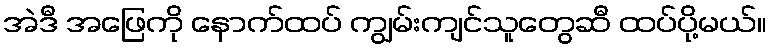
အဲဒီ အဖြေကို နောက်ထပ် ကျွမ်းကျင်သူတွေဆီ ထပ်ပို့မယ်။